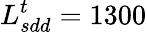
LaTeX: L_{sdd}^{t}=1300